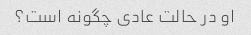
او در حالت عادی چگونه است؟